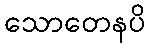
သောတေနပိ